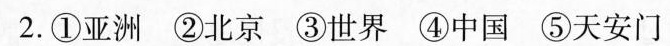
2.①亚洲 ②北京 ③世界 ④中国 ⑤天安门